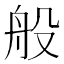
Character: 般